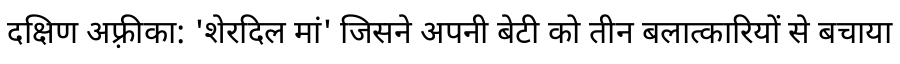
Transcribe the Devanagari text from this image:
दक्षिण अफ़्रीका: 'शेरदिल मां' जिसने अपनी बेटी को तीन बलात्कारियों से बचाया